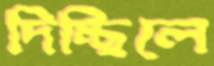
দিচ্ছিলে